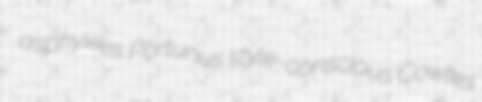
asphyxies Portunus style-conscious Cowles